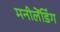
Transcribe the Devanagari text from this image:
मनीलेंडिंग